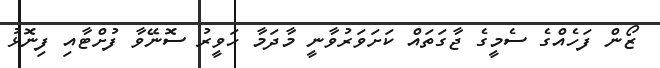
ޒޯން ފަހެއްގެ ސެމީގެ ޖާގަތައް ކަށަވަރުވާނީ މާދަމާ ހަވީރު ސޮނޭވާ ފުށްޓާއި ފިނޮޅު